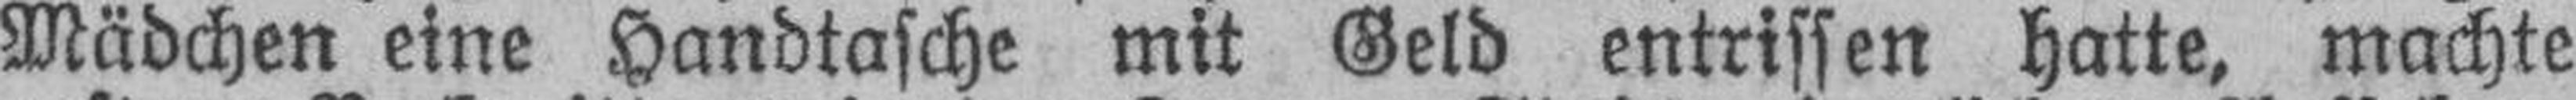
Mädchen eine Handtasche mit Geld entrissen hatte, machte